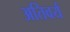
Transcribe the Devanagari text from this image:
अतिवर्य